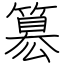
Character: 簒